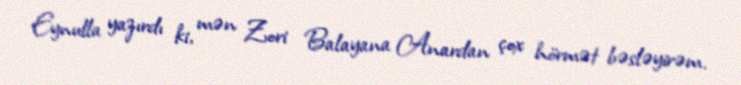
Eynulla yazırdı ki, mən Zori Balayana Anardan çox hörmət bəsləyirəm.